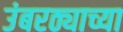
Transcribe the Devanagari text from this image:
उंबरठ्याच्या